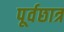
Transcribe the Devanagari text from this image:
पूर्वछात्र